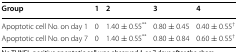
<table><thead><tr><td><b>Group</b></td><td><b>1</b></td><td><b>2</b></td><td><b>3</b></td><td><b>4</b></td></tr></thead><tbody><tr><td>Apoptotic cell No. on day 1</td><td>0</td><td>1.40 ± 0.55<sup>**</sup></td><td>0.80 ± 0.45</td><td>0.40 ± 0.55<sup>†</sup></td></tr><tr><td>Apoptotic cell No. on day 7</td><td>0</td><td>1.40 ± 0.55<sup>**</sup></td><td>0.80 ± 0.84</td><td>0.60 ± 0.55<sup>†</sup></td></tr></tbody></table>